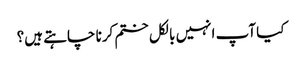
کیا آپ انہیں بالکل ختم کرنا چاہتے ہیں؟